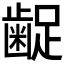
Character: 𮯇